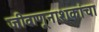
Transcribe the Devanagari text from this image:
जीवाणूनाशकांचा